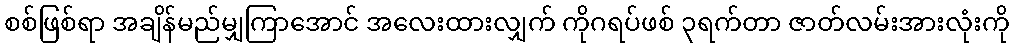
စစ်ဖြစ်ရာ အချိန်မည်မျှကြာအောင် အလေးထားလျှက် ကိုဂရပ်ဖစ် ၃ရက်တာ ဇာတ်လမ်းအားလုံးကို